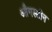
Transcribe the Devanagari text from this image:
औगस्टीन